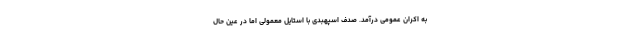
به اکران عمومی درآمد. صدف اسپهبدی با استایل معمولی اما در عین حال